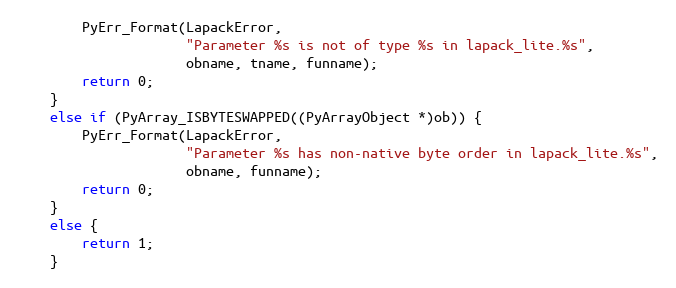
Language: C
        PyErr_Format(LapackError,
                     "Parameter %s is not of type %s in lapack_lite.%s",
                     obname, tname, funname);
        return 0;
    }
    else if (PyArray_ISBYTESWAPPED((PyArrayObject *)ob)) {
        PyErr_Format(LapackError,
                     "Parameter %s has non-native byte order in lapack_lite.%s",
                     obname, funname);
        return 0;
    }
    else {
        return 1;
    }